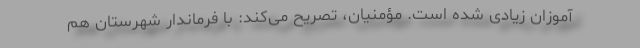
آموزان زیادی شده است. مؤمنیان، تصریح می‌کند: با فرماندار شهرستان هم